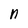
Character: n